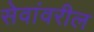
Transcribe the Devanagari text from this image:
सेवांवरील